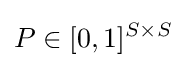
P\in [0,1]^{S\times S}